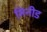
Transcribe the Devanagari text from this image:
मिनीड